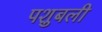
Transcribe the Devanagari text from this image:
पशुबली